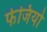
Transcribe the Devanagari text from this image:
फेजियो